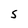
Character: 5